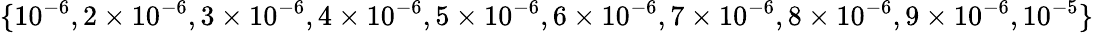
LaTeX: \{ 10^{-6},2\times 10^{-6},3\times 10^{-6},4\times 10^{-6},5\times 10^{-6},6\times 10^{-6},7\times 10^{-6},8\times 10^{-6},9\times 10^{-6},10^{-5}\}